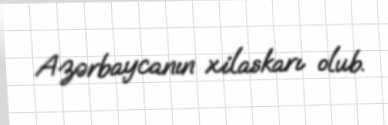
Azərbaycanın xilaskarı olub.